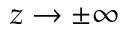
z \rightarrow \pm \infty